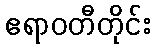
ဧရာဝတီတိုင်း